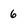
Character: 6